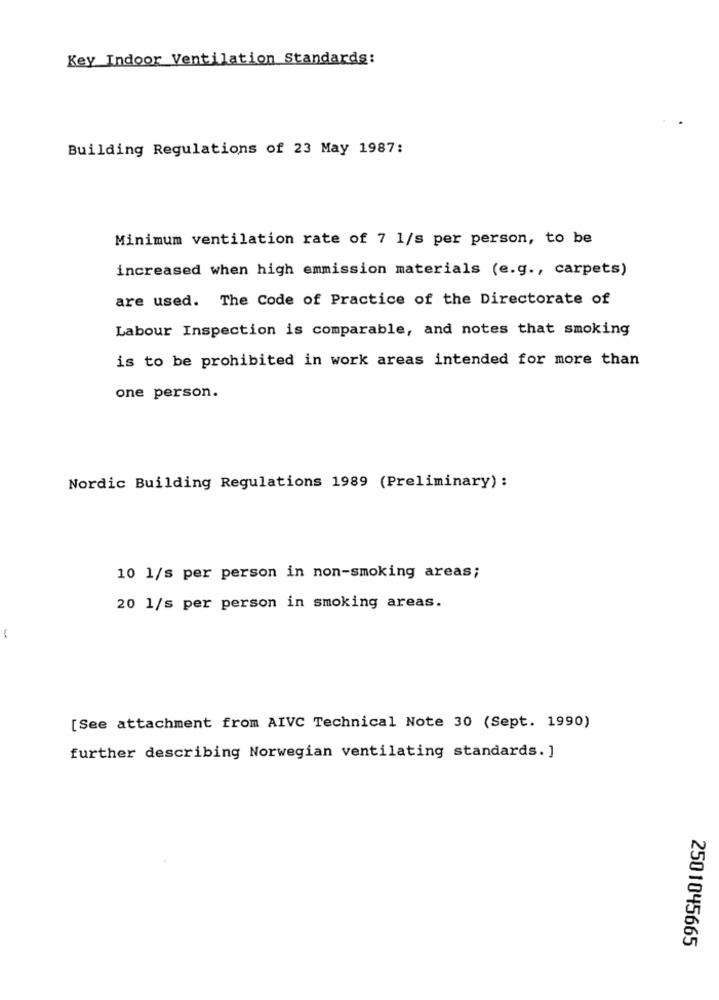
Key Indoor Ventilation Standards:
Building Regulations of 23 May 1987:
Minimum ventilation rate of 7 1/s per person, to be
increased when high emmission materials (e.g ., carpets)
are used. The Code of Practice of the Directorate of
Labour Inspection is comparable, and notes that smoking
is to be prohibited in work areas intended for more than
one person.
Nordic Building Regulations 1989 (Preliminary) :
10 1/s per person in non-smoking areas;
20 1/s per person in smoking areas.
-
[See attachment from AIVC Technical Note 30 (Sept. 1990)
further describing Norwegian ventilating standards. ]
2501045665